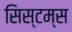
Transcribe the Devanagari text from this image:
सिस्‍टम्स